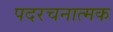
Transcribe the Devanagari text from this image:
पदरचनात्मक